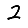
Digit: 2